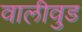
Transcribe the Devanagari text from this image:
वालीवुड